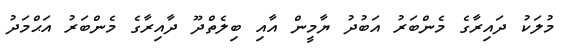
މުލަކު ދައިރާގެ މެންބަރު އަބުދު ޔާމީން އާއި ބިލެތްދޫ ދާއިރާގެ މެންބަރު އަޙްމަދު